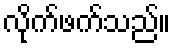
လိုက်ဖက်သည်။